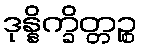
ဒုန္နိက္ခိတ္တဉ္စ